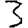
Digit: 3